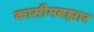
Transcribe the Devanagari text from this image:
कासीमबझार